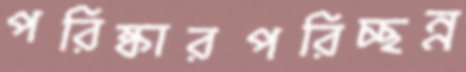
পরিষ্কারপরিচ্ছন্ন